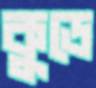
কুডে